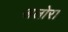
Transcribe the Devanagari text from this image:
अलोरा